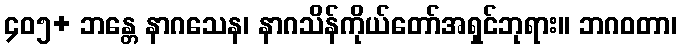
၄၀၅+ ဘန္တေ နာဂသေန၊ နာဂသိန်ကိုယ်တော်အရှင်ဘုရား။ ဘဂဝတာ၊